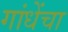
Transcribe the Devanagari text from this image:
गांधेंचा